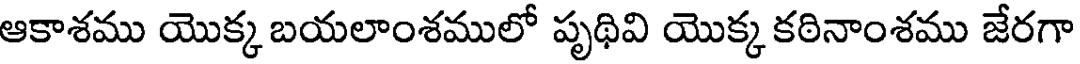
ఆకాశము యొక్క బయలాంశములో పృథివి యొక్క కఠినాంశము జేరగా